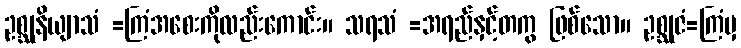
ဥစ္ဆုနိယျာသံ =ကြံအစေးကိုလည်းကောင်း။ သရသံ =အရည်နှင့်တကွ ဖြစ်သော။ ဥစ္ဆုဇံ=ကြံမှ